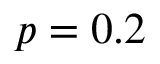
p = 0 . 2